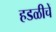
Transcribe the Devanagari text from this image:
हडळीचें